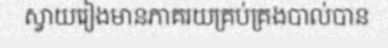
ស្វាយរៀងមានភាគរយគ្រប់គ្រងបាល់បាន